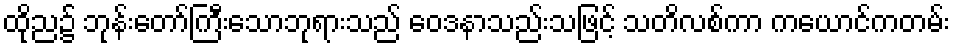
ထိုည၌ ဘုန်းတော်ကြီးသောဘုရားသည် ဝေဒနာသည်းသဖြင့် သတိလစ်ကာ ကယောင်ကတမ်း